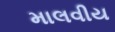
માલવીય